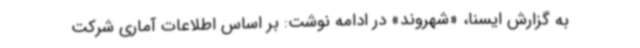
به گزارش ایسنا، «شهروند» در ادامه نوشت: بر اساس اطلاعات آماری شرکت